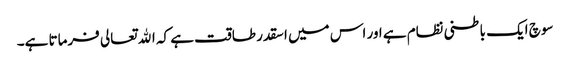
سوچ ایک باطنی نظام ہے اور اس میں اسقدر طاقت ہے کہ الله تعالی فرماتا ہے۔